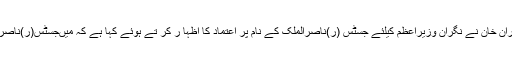
28 مئی2018ء) پاکستان تحریک انصاف کے چیئر مین عمران خان نے نگران وزیراعظم کیلئے جسٹس (ر)ناصرالملک کے نام پر اعتماد کا اظہا ر کر تے ہوئے کہا ہے کہ میںجسٹس(ر)ناصرالملک کو نگران وزیراعظم مقرر ہونے پر مبارکباد دیتا ہوں۔